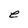
Character: e